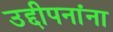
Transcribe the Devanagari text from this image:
उद्दीपनांना